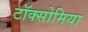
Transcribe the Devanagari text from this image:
टॉक्सोमिया